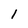
Character: 1